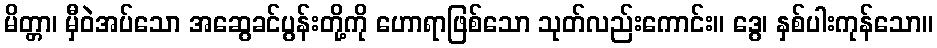
မိတ္တာ၊ မှီဝဲအပ်သော အဆွေခင်ပွန်းတို့ကို ဟောရာဖြစ်သော သုတ်လည်းကောင်း။ ဒွေ၊ နှစ်ပါးကုန်သော။